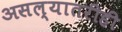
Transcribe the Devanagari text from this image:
असल्यातरीही